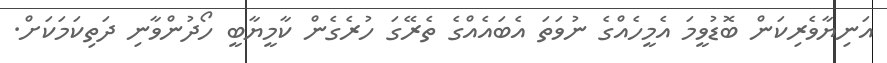
އަނިޔާވެރިކަން ބޮޑުވީމަ އެމީހެއްގެ ނުވަތަ އެބައެއްގެ ތެރޭގަ ހުރެގެން ކާމީޔާބީ ހޯދުންވާނި ދަތިކަމަކަށް.